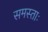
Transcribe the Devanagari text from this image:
समस्ताः